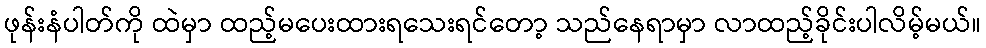
ဖုန်းနံပါတ်ကို ထဲမှာ ထည့်မပေးထားရသေးရင်တော့ သည်နေရာမှာ လာထည့်ခိုင်းပါလိမ့်မယ်။